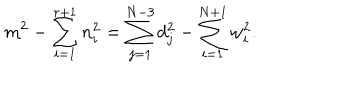
m ^ { 2 } - \sum _ { i = 1 } ^ { r + 1 } n _ { i } ^ { 2 } = \sum _ { j = 1 } ^ { N - 3 } d _ { j } ^ { 2 } - \sum _ { i = 1 } ^ { N + 1 } w _ { i } ^ { 2 } .